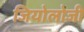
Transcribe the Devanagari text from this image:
जियोलोजी